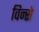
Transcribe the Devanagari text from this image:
विन्से